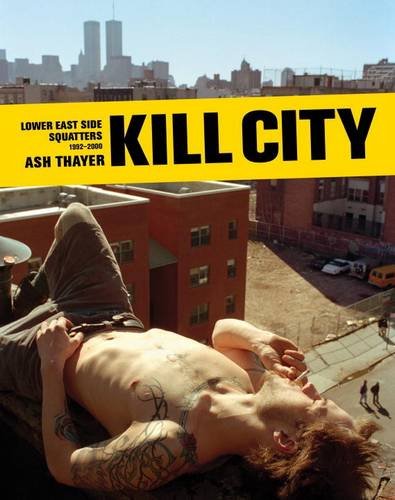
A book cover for Kill City: Lower East Side Squatters 1992-2000; Ash Thayer; Law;